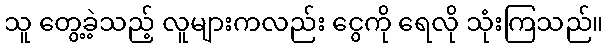
သူ တွေ့ခဲ့သည့် လူများကလည်း ငွေကို ရေလို သုံးကြသည်။